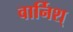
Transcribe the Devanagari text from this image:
वार्निश्